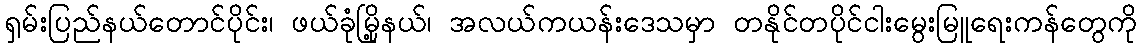
ရှမ်းပြည်နယ်တောင်ပိုင်း၊ ဖယ်ခုံမြို့နယ်၊ အလယ်ကယန်းဒေသမှာ တနိုင်တပိုင်ငါးမွေးမြူရေးကန်တွေကို